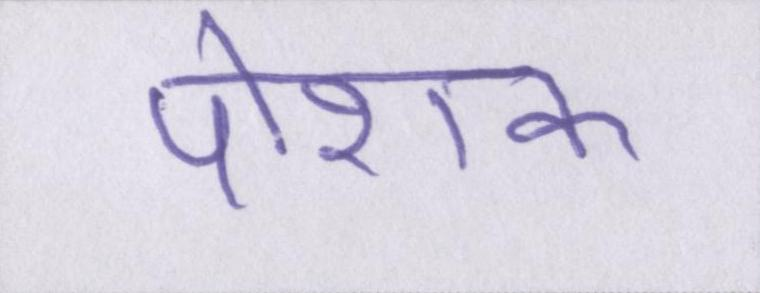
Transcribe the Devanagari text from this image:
पोशक